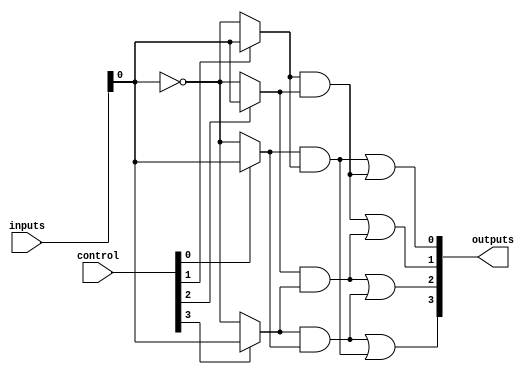
module Fused_PAL (
    input  wire [N-1:0] inputs,      // N input signals
    input  wire [M-1:0] control,      // Control signals for programming
    output wire [P-1:0] outputs       // P output signals
);

// Parameters for the design
parameter N = 8;                     // Number of inputs (customizable)
parameter M = 4;                     // Number of programmable AND terms
parameter P = 4;                     // Number of outputs

// Internal signals for AND gates
wire [M-1:0] and_terms [N-1:0];      // AND terms for programmable logic
wire [M-1:0] and_outputs;            // Outputs of the AND gates

// Instantiate the programmable AND array
genvar i, j;
generate
    for (i = 0; i < M; i = i + 1) begin : and_array
        assign and_terms[i] = (control[i] ? inputs : ~inputs); // Control signals determine input selection
    end
endgenerate

// Define the outputs based on the fixed OR array
assign and_outputs[0] = and_terms[0] & and_terms[1]; // Example of fusing product terms
assign and_outputs[1] = and_terms[1] & and_terms[2];
assign and_outputs[2] = and_terms[2] & and_terms[3];
assign and_outputs[3] = and_terms[3] & and_terms[0];

// OR logic for final outputs
assign outputs[0] = and_outputs[0] | and_outputs[1]; // Output 1 = OR of AND outputs
assign outputs[1] = and_outputs[1] | and_outputs[2]; // Output 2 = OR of AND outputs
assign outputs[2] = and_outputs[2] | and_outputs[3]; // Output 3 = OR of AND outputs
assign outputs[3] = and_outputs[3] | and_outputs[0]; // Output 4 = OR of AND outputs

endmodule